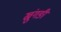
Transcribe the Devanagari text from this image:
ख्रुंगङी